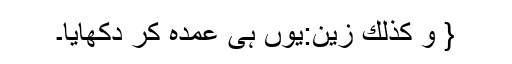
{ وَ كَذٰلِكَ زَیَّنَ:یوں ہی عمدہ کر دکھایا۔